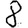
Digit: 8